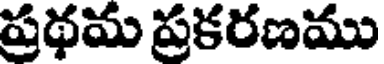
ప్రథమ ప్రకరణము